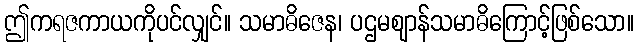
ဤကရဇကာယကိုပင်လျှင်။ သမာဓိဇေန၊ ပဌမဈာန်သမာဓိကြောင့်ဖြစ်သော။